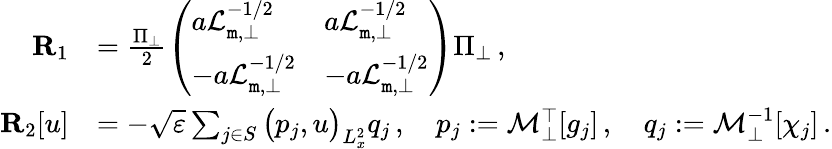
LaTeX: \begin{array}{rl}{{\mathbf R}_{1}}&{=\frac{\Pi_{\bot}}{2}\left(\begin{array}{ll}{a{\cal L}_{\mathtt m,\perp}^{-1/2}}&{a{\cal L}_{\mathtt m,\perp}^{-1/2}}\\ {-a{\cal L}_{\mathtt m,\perp}^{-1/2}}&{-a{\cal L}_{\mathtt m,\perp}^{-1/2}}\end{array}\right)\Pi_{\bot}\, ,}\\ {{\mathbf R}_{2}[u]}&{=-\sqrt{\varepsilon}\sum_{j\in S}\big(p_{j},u\big)_{L_{x}^{2}}q_{j}\, ,\quad p_{j}:={\cal M}_{\bot}^{\top}[g_{j}]\, ,\quad q_{j}:={\cal M}_{\bot}^{-1}[\chi_{j}]\, .}\end{array}